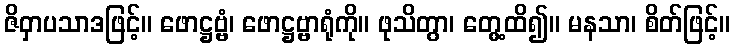
ဇိဝှာပသာဒဖြင့်။ ဖောဋ္ဌဗ္ဗံ၊ ဖောဋ္ဌဗ္ဗာရုံကို။ ဖုသိတွာ၊ တွေ့ထိ၍။ မနသာ၊ စိတ်ဖြင့်။